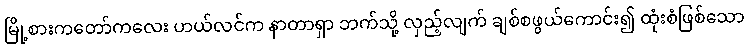
မြို့စားကတော်ကလေး ဟယ်လင်က နာတာရှာ ဘက်သို့ လှည့်လျက် ချစ်စဖွယ်ကောင်း၍ ထုံးစံဖြစ်သော